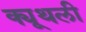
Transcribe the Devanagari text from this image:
क्यूथली